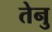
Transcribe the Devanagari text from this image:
तेनु